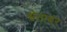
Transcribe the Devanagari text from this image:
श्वेताबंर